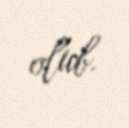
olub.